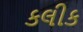
કલીક